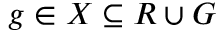
g \in X \subseteq R \cup G